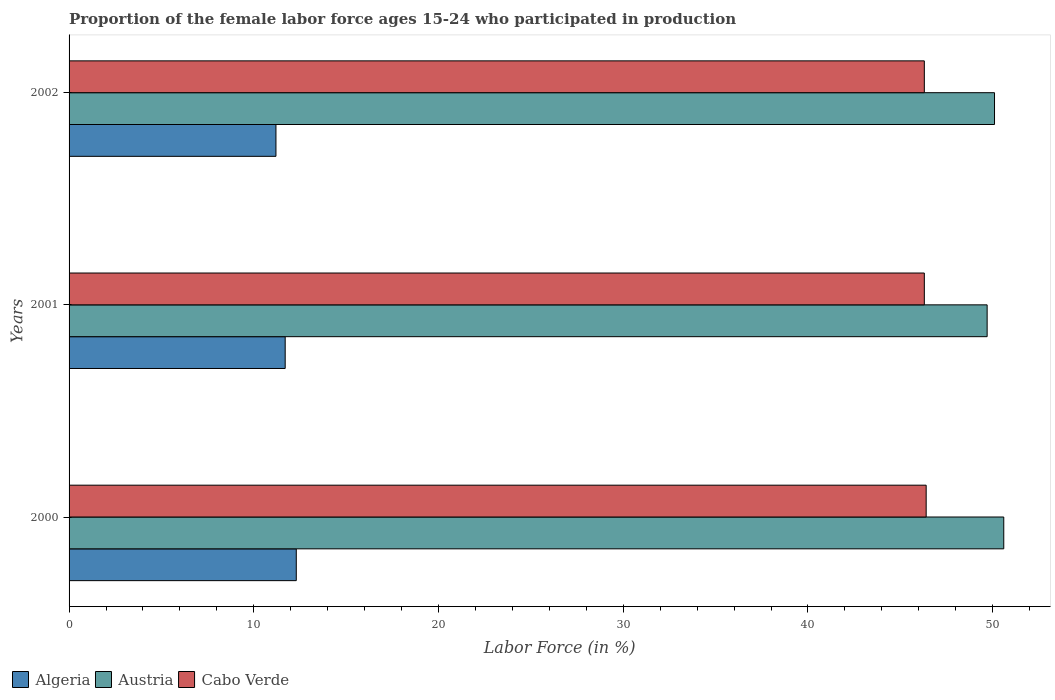
| Years | Algeria | Austria | Cabo Verde |
 | --- | --- | --- | --- |
 | 2000 | 12.3 | 50.6 | 46.4 |
 | 2001 | 11.7 | 49.7 | 46.3 |
 | 2002 | 11.2 | 50.1 | 46.3 |